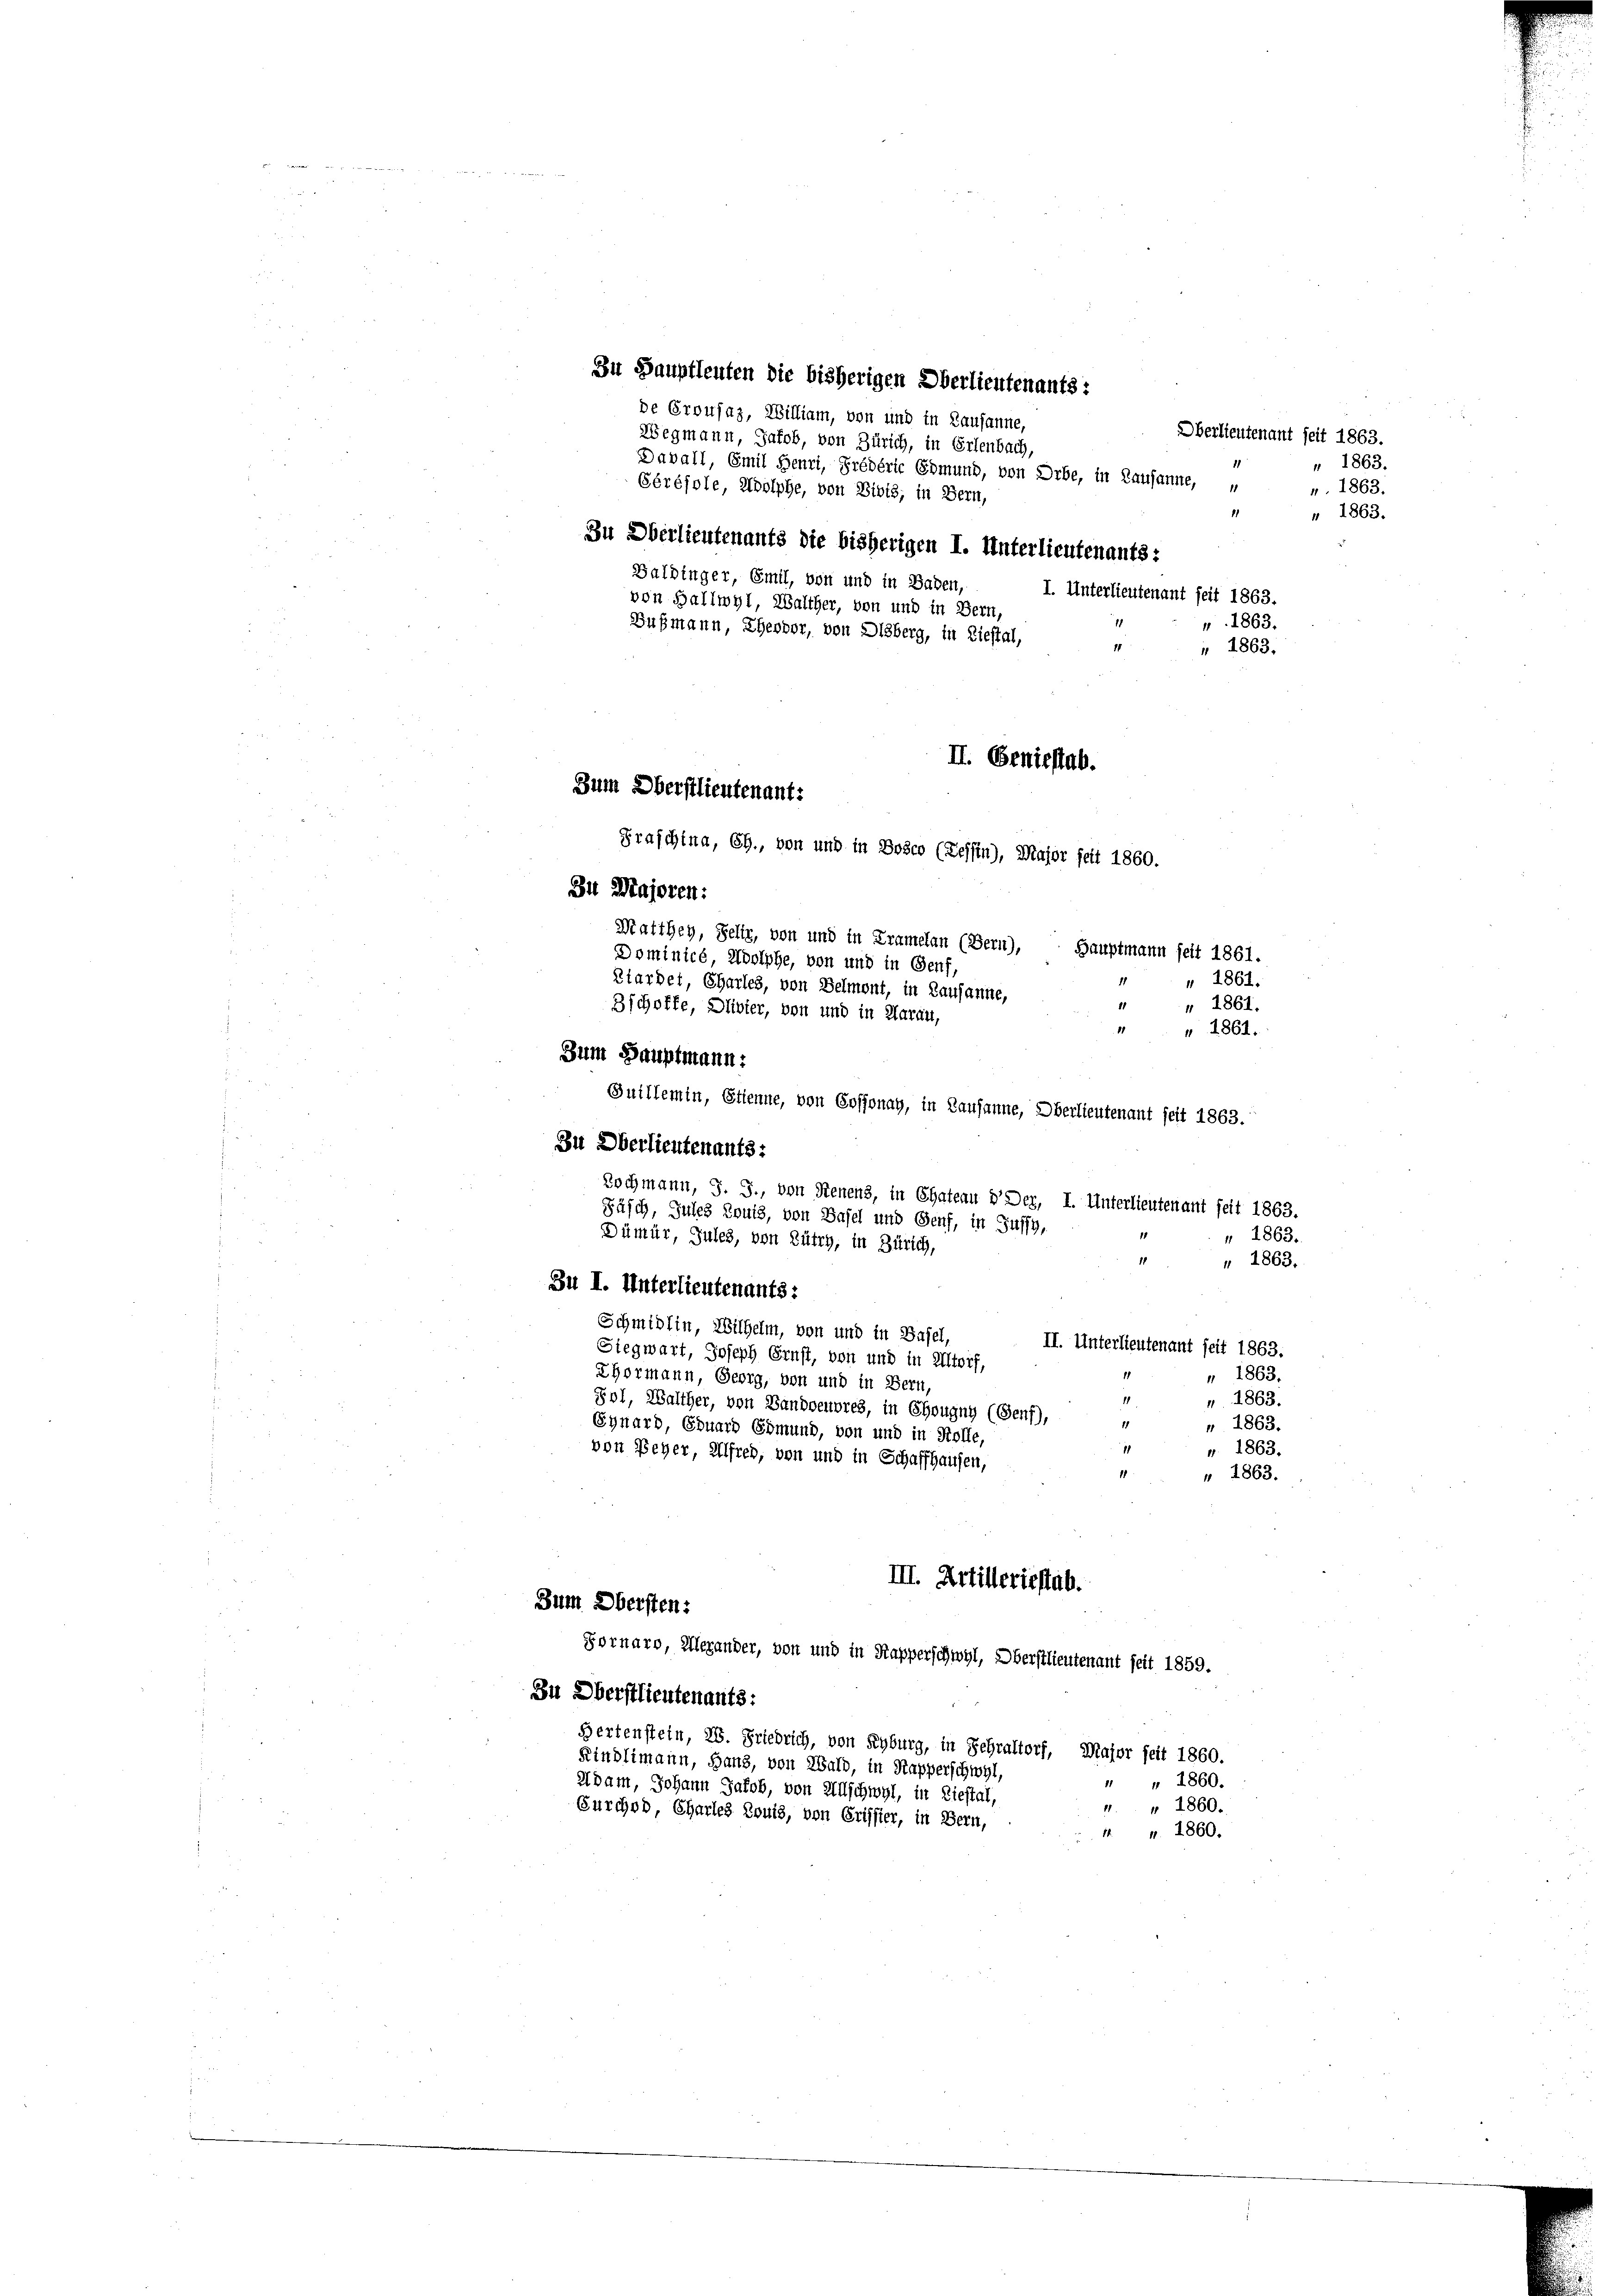
11
Zu Oberlieutenants die bisherigen I. Unterlieutenants:
Balbinger, Emil, von und in Baden,
I. Unterlieutenant seit 1863.
von Hallwyl, Walcher, von und in Bern,
1863.
Bußmann, Theodor, von Disberg, in Liestal,
1
 1863.
II. Geniestab.
Zum Oberstlieutenants
Graschina, CG., von und in Bosco (Tessin), Major seit 1860.
Zu Majoren:
Statthey, Felir, von und in Kramelan (Bern),
Hauptmann seit 1861.
Dominicé, Woolphe, von und in Genf,
 1861.
Biardet, Charles, von Belmont, in Lausanne,
" 1861.
3 schoffe, Duivier, von und in Aarau,
1
" 1861.
Zum Hauptmann:

Zu Hauptleuten die bisherigen Oberlieutenants:
de Crousaz, William, von und in Lausanne,
Wegmann, Jakob, von Zürich, in Erlenbach,
Davall, Emil Henri, Prédéric Edmund, von Orbe, in Lausanne,
Gérésole, Adolphe, von Bibis, in Bern,

Juillemin, Etienne, von Coffonay, in Lausanne, Oberlieutenant seit 1863.
Zu Oberlieutenants:
Zochmann, J. J., von Senens, in Chateau v. Der, I. Unterlieutenant seit 1863.
Fäsch, Jules Louis, von Basel und Genf, in Gussy,
Dümür, Jules, von Zütry, in Zürich,
Zu I. Unterlieutenants:
Schmidlin, Wilhelm, von und in Basel
II. Unterlieutenant seit 1863.
Siegwart, Joseph Ernst, von und in Altorf,
" 1863.
Thormann, Georg, von und in Bern,
11
" 1863.
Zol, Walther, von Bandoeuvres, in Chougny (Genf),
 1863.
11
Synard, Eduard Edmund, von und in Kolle,
11
" 1863.
von Feyer, Alfred, von und in Schaffhausen,
1
" 1863.
III. Artilleriestab.
Zum Obersten:
Fornaro, Alexander, von und in Kapperschwyl, Oberstlieutenant seit 1859.
Zu Oberstlieutenants:
Hertenstein, 26. Friedrich, von Seyburg, in Fehraltorf, Major seit 1860.
Rindlimann, Hand, von Wald, in Kapperschwyl,
" " 1860.
Adam, Johann Jakob, von Allschwyl, in Liestal,
 1860.
1
Furchor, Charles Louis, von Crissier, in Bern,
1. v. 1860.

1863.
 " 1863.

Oberlieutenant seit 1863.
. 1863.
" 1863.

1863.